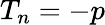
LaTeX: T_{n}=-p